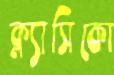
ক্ল্যাসিকো